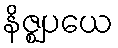
နိဇ္ဈပယေ